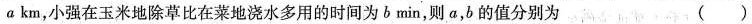
a km，小强在玉米地除草比在菜地浇水多用的时间为b min，则a，b的值分别为 ( )